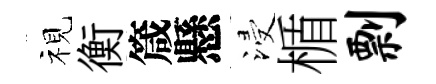
视衡箴懸浸楯剽